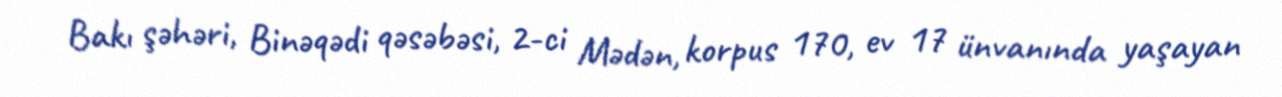
Bakı şəhəri, Binəqədi qəsəbəsi, 2-ci Mədən, korpus 170, ev 17 ünvanında yaşayan